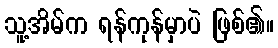
သူ့အိမ်က ရန်ကုန်မှာပဲ ဖြစ်၏။